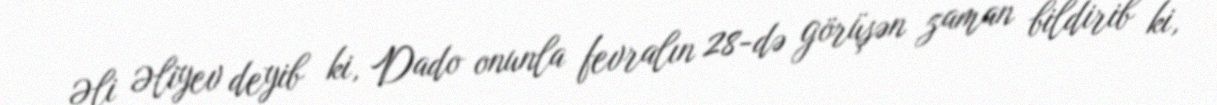
Əli Əliyev deyib ki, Dado onunla fevralın 28-də görüşən zaman bildirib ki,